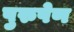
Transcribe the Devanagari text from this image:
पुरुषेण